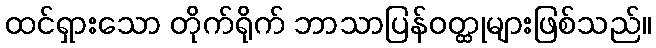
ထင်ရှားသော တိုက်ရိုက် ဘာသာပြန်ဝတ္ထုများဖြစ်သည်။